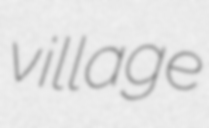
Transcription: village